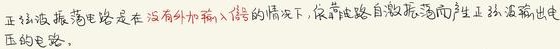
正弦波振荡电路是在没有外加输入信号的情况下，依靠电路自激振荡而产生正弦波输出电压的电路。